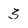
Character: 3